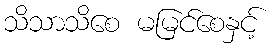
သိသာသိစေ မမြင်စေနှင့်